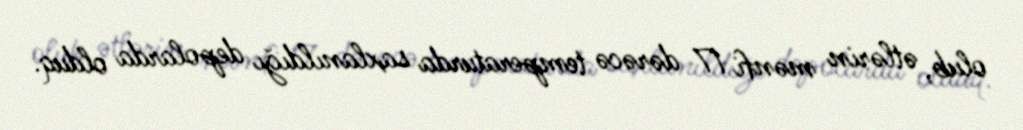
olub, ətlərin mənfi 17 dərəcə temperaturda saxlanıldığı depolarda olduq.